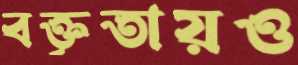
বক্তৃতায়ও